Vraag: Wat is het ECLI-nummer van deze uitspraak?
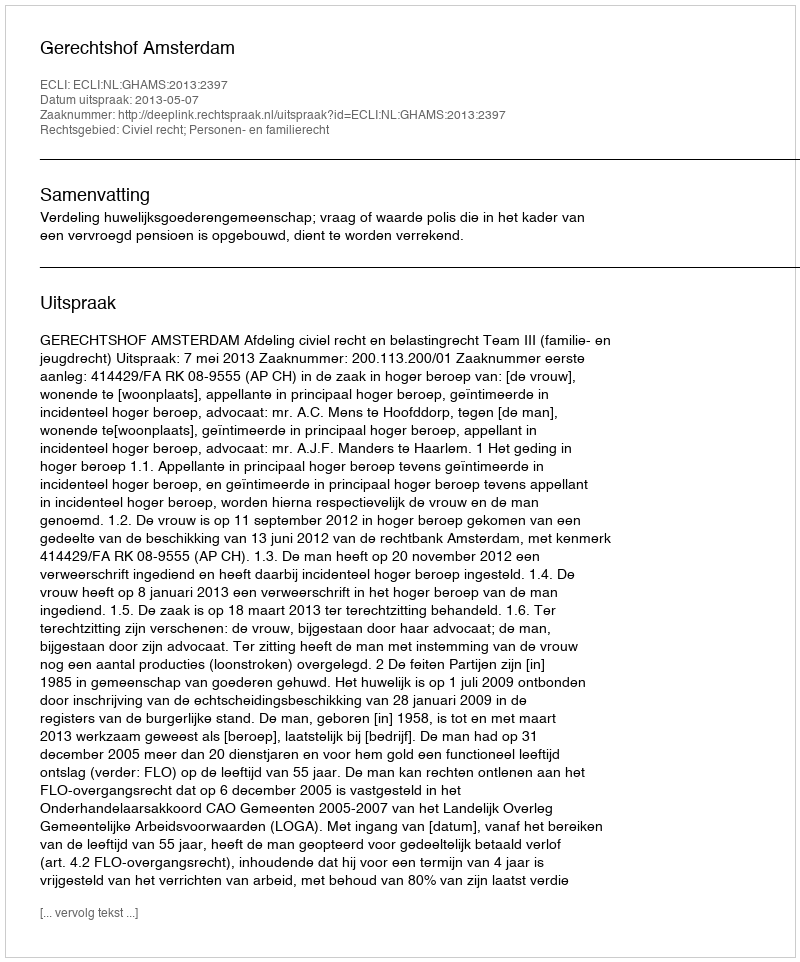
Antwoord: ECLI:NL:GHAMS:2013:2397